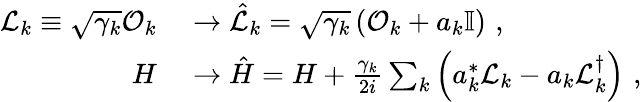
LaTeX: \begin{array}{rl}{\mathcal{L}_{k}\equiv\sqrt{\gamma_{k}}\mathcal{O}_{k}}&{{}\rightarrow\hat{\mathcal{L}}_{k}=\sqrt{\gamma_{k}}\left(\mathcal{O}_{k}+a_{k}\mathbb{I}\right)\, \, ,}\\ {H}&{{}\rightarrow\hat{H}=H+\frac{\gamma_{k}}{2i}\sum_{k}\left(a_{k}^{*}\mathcal{L}_{k}-a_{k}\mathcal{L}_{k}^{\dagger}\right)\, \, ,}\end{array}